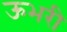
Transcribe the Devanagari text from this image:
ऊभरी